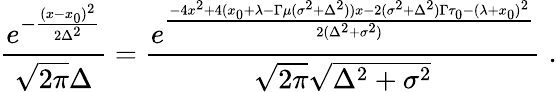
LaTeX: {\frac{e^{-{\frac{(x-x_{0})^{2}}{2\Delta^{2}}}}}{\sqrt{2\pi}\Delta}}={\frac{e^{\frac{-4x^{2}+4(x_{0}+\lambda-\Gamma\mu(\sigma^{2}+\Delta^{2}))x-2(\sigma^{2}+\Delta^{2})\Gamma\tau_{0}-(\lambda+x_{0})^{2}}{2(\Delta^{2}+\sigma^{2})}}}{\sqrt{2\pi}\sqrt{\Delta^{2}+\sigma^{2}}}}\; .